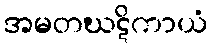
အမတဃဋိကာယံ